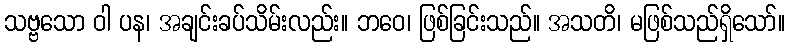
သဗ္ဗသော ဝါ ပန၊ အချင်းခပ်သိမ်းလည်း။ ဘဝေ၊ ဖြစ်ခြင်းသည်။ အသတိ၊ မဖြစ်သည်ရှိသော်။